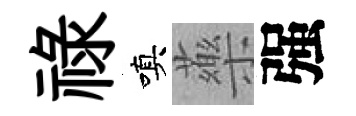
祿嗔藥强